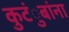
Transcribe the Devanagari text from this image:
कुटंुबांना